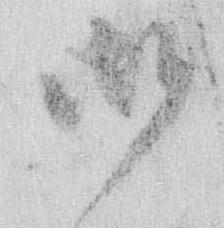
御